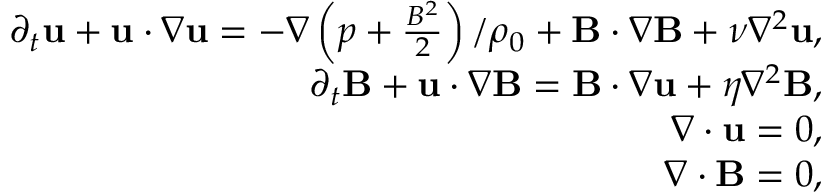
\begin{array} { r } { \partial _ { t } \mathbf { u } + \mathbf { u } \cdot \nabla \mathbf { u } = - \nabla \left( p + \frac { B ^ { 2 } } { 2 } \right) / \rho _ { 0 } + \mathbf { B } \cdot \nabla \mathbf { B } + \nu \nabla ^ { 2 } \mathbf { u } , } \\ { \partial _ { t } \mathbf { B } + \mathbf { u } \cdot \nabla \mathbf { B } = \mathbf { B } \cdot \nabla \mathbf { u } + \eta \nabla ^ { 2 } \mathbf { B } , } \\ { \nabla \cdot \mathbf { u } = 0 , } \\ { \nabla \cdot \mathbf { B } = 0 , } \end{array}